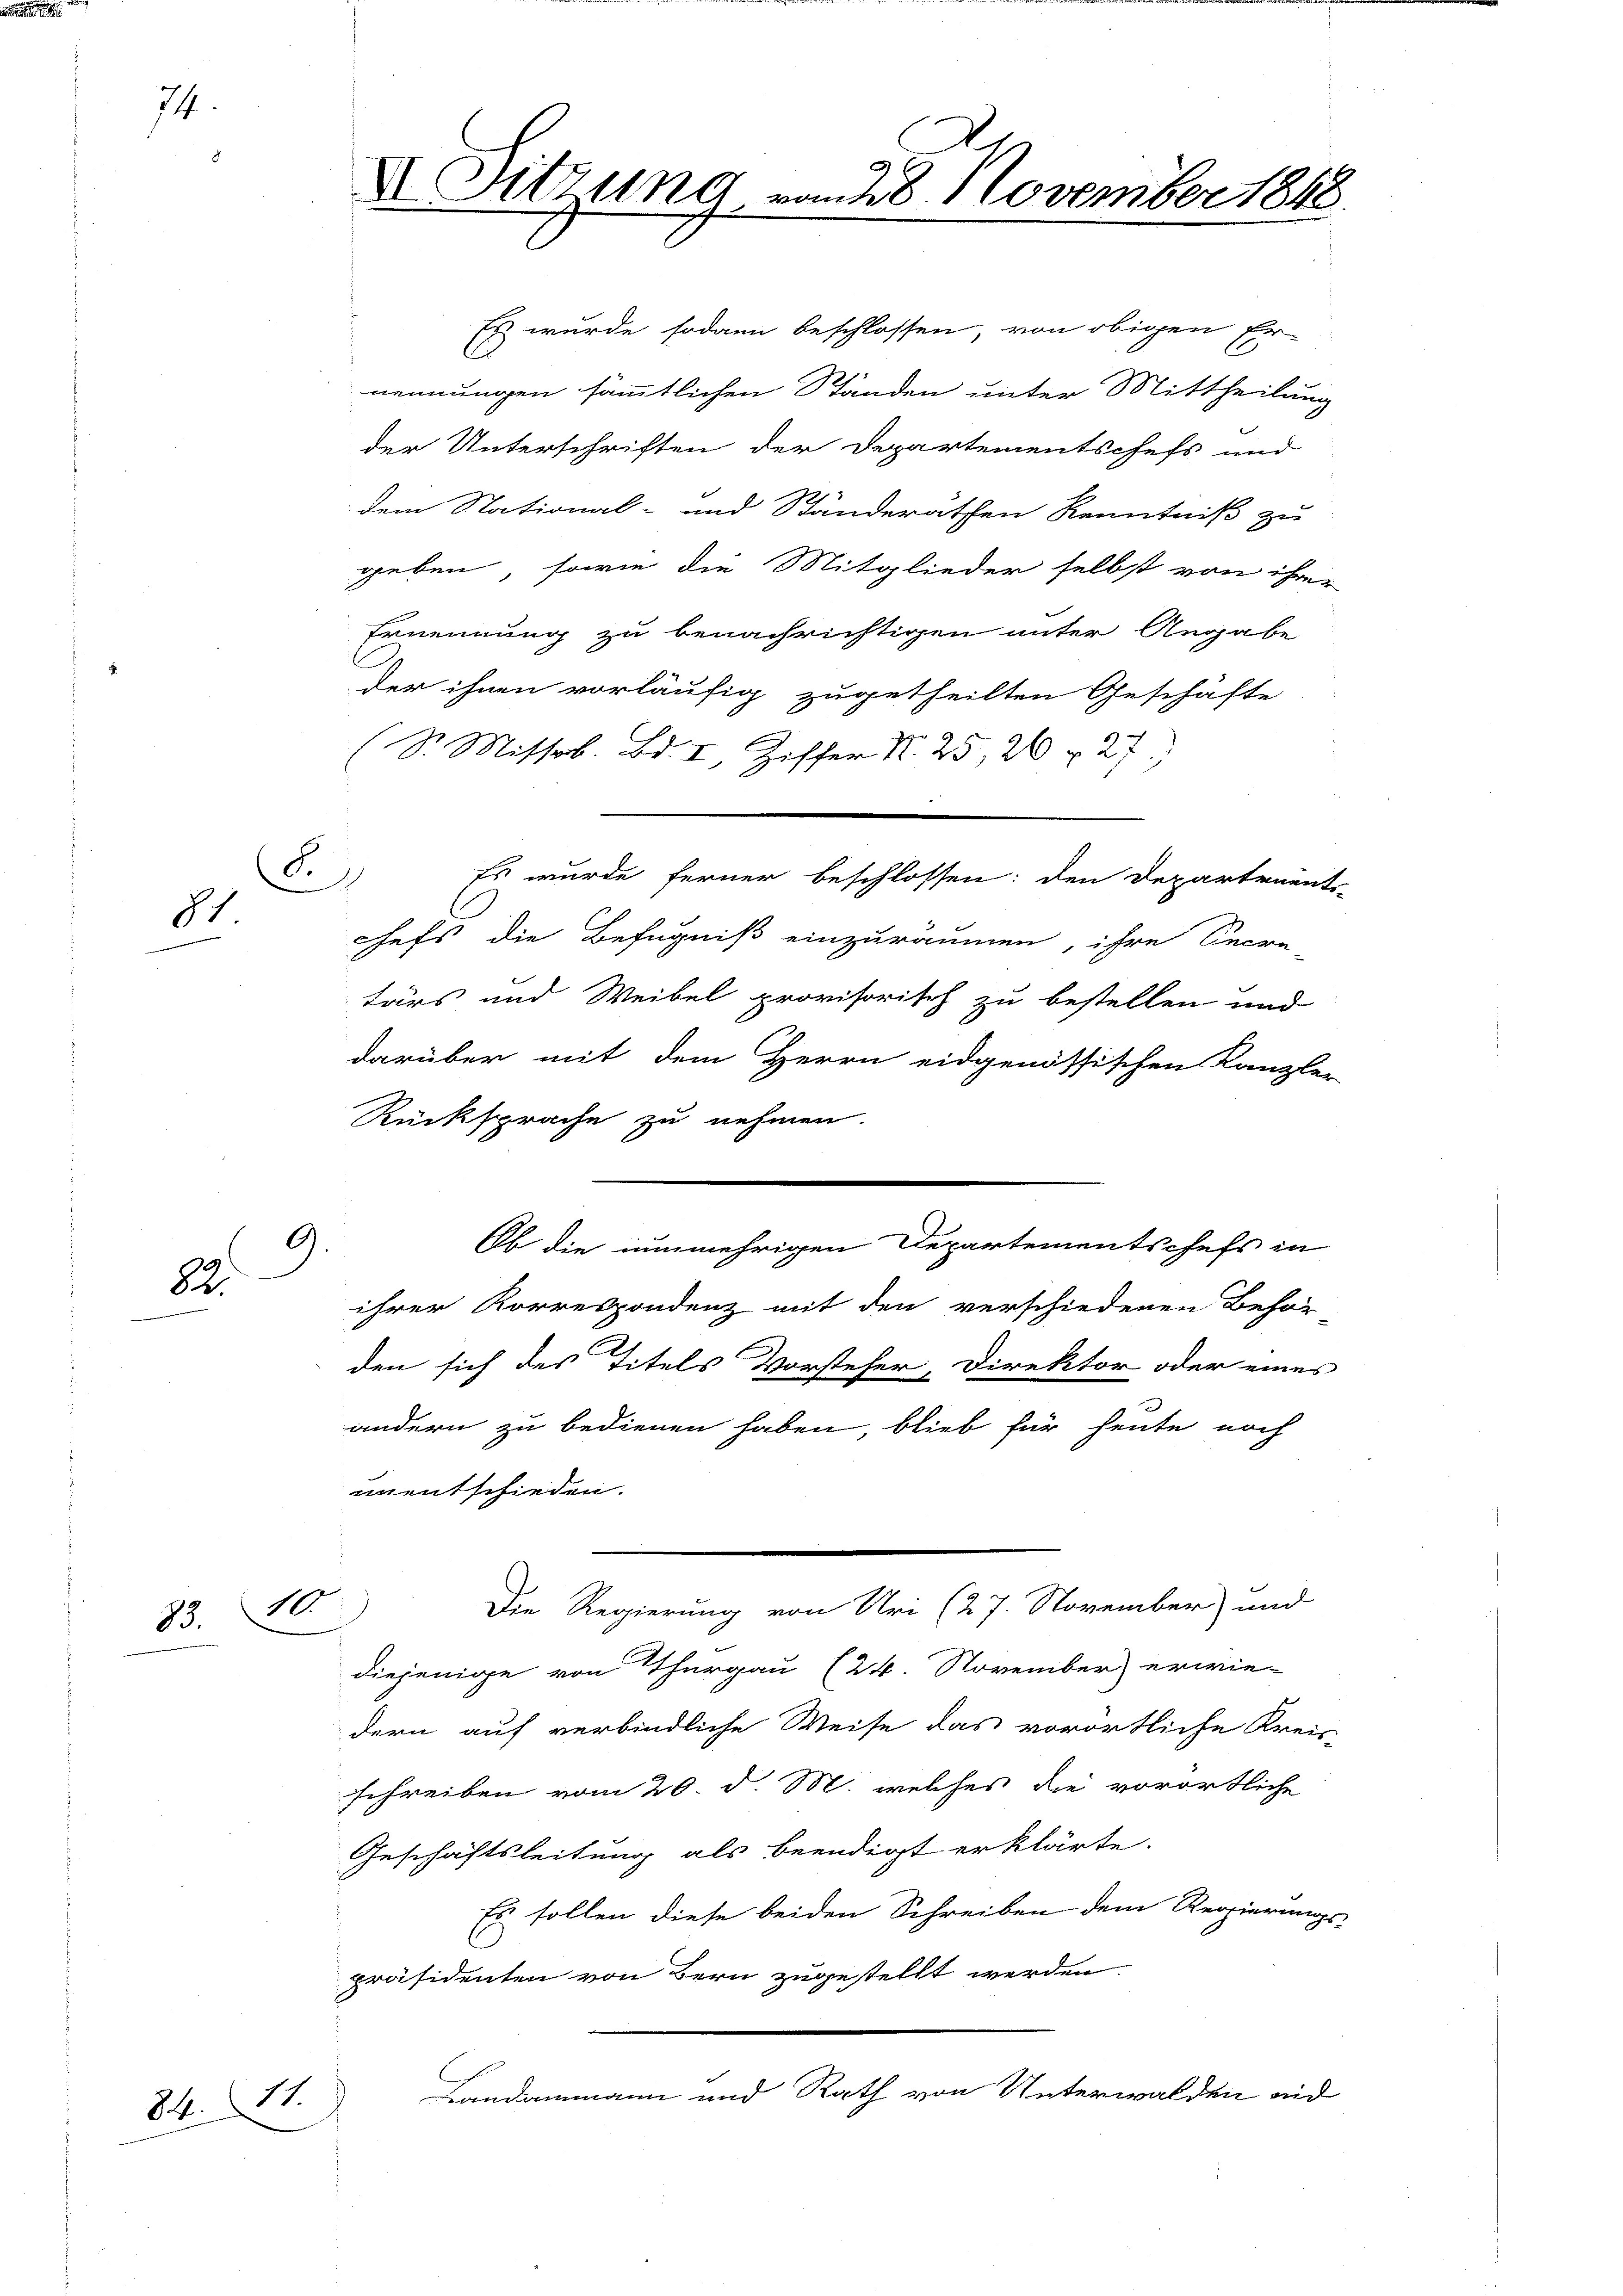
74.

81

82

83. 10.

84. 171.

Es wurde sodann beschlossen, von obigen Er-
nennungen sämmtlichen Ständen unter Mittheilung
der Unterschriften der Departementschefs und
dem Stational- und Ständerathen Kenntniß zu
geben, sowie die Mitglieder selbst von ihre
Ernennung zu benachrichtigen unter Angabe
der ihnen vorläufig zugetheilten Geschäfte
(S. Mitsob. Bd. I, Ziffer N. 25, 26 & 27
Es wurde ferner beschlossen: den Departements-
hefs die Befugniß einzuräumen, ihre Secre-
tärs und Weibel provisorisch zu bestellen und
darüber mit dem Herrn eidgenössischen Kanzler
Rücksprache zu nehmen.
9.
ihrer Korrespondenz mit den verschiedenen Behör-
den sich des Titels Vorsteher, Direktor oder eines
andern zu bedienen haben, blieb für heute noch
unentschieden.
Die Regierung von Uri (27. November) und
diejenige von Thurgau (24. November erwie-
dern auf verbindliche Weise das vorörtliche Kreis-
schreiben vom 20. d. M. welches die vorörtliche
Geschäftsleitung als beendigt erklärte.
Es sollen diese beiden Schreiben dem Regierungs-
präsidenten von Bern zugestellt werden.
Landammann und Rath von Unterwalden und

8.)

XI. Sitzung vom 28. November 1848

Ob die nunmehrigen Departementschefs in